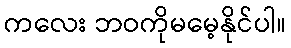
ကလေး ဘဝကိုမမေ့နိုင်ပါ။